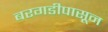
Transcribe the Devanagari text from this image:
बरगडीपासून